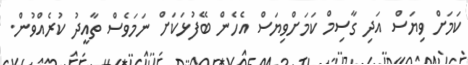
ކަމަށް ވިޔަސް އަދި ގާސިމް ކަމަށްވިޔަސް އެހެން ބޭފުޅަކަށް ނަމަވެސް ތާއީދު ކުރެއްވުން.